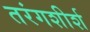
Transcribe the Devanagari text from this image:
तरंगशीर्श